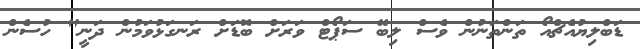
ޑަބްލިޔުއެޗްއޯ ތަންތަނުން ވެސް ލިބޭ ސަޕޯޓް ވަރަށް ބޮޑަށް ރަނގަޅުވަމުން ދަނީ" ހުސެން